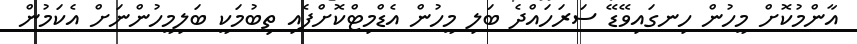
އާންމުކޮށް މީހުން ހިނގައިވޭޑޭ ސަރަހައްދެ ބަލި މީހުން އެޑްމިޓްކޮށްފެއި ތިބުމަކީ ބަލިމީހުންނަށް އެކަމުން